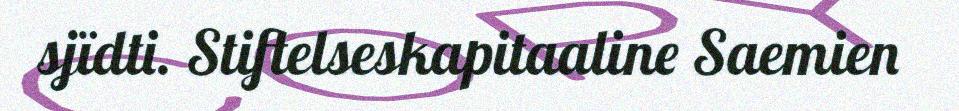
sjïdti. Stiftelseskapitaaline Saemien